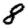
Digit: 8